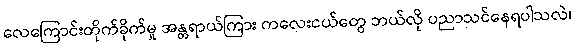
လေကြောင်းတိုက်ခိုက်မှု အန္တရာယ်ကြား ကလေးငယ်တွေ ဘယ်လို ပညာသင်နေရပါသလဲ၊